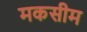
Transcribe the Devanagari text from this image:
मकसीम